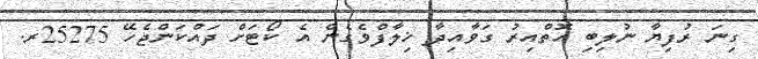
ގިނަ ރުފިޔާ ނުލިބި އޮތްއިރު ގަވާއިދާ ޚިލާފްވެގެން އެ ކޯޓަށް ދައްކަންޖެހޭ 25275ރ.